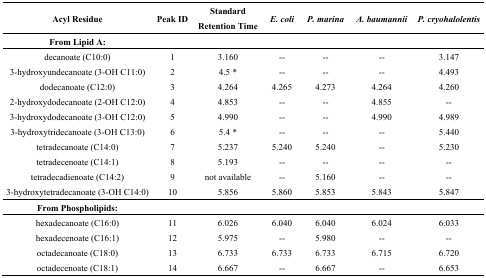
| Acyl Residue | Peak ID | Standard Retention Time | E. coli | P. marina | A. baumannii | P. cryohalolentis |
 | --- | --- | --- | --- | --- | --- | --- |
 | From Lipid A: |  |  |  |  |  |  |
 | decanoate (C10:0) | 1 | 3.160 | -- | -- | -- | 3.147 |
 | 3-hydroxyundecanoate (3-OH C11:0) | 2 | 4.5 * | -- | -- | -- | 4.493 |
 | dodecanoate (C12:0) | 3 | 4.264 | 4.265 | 4.273 | 4.264 | 4.260 |
 | 2-hydroxydodecanoate (2-OH C12:0) | 4 | 4.853 | -- | -- | 4.855 | -- |
 | 3-hydroxydodecanoate (3-OH C12:0) | 5 | 4.990 | -- | -- | 4.990 | 4.989 |
 | 3-hydroxytridecanoate (3-OH C13:0) | 6 | 5.4 * | -- | -- | -- | 5.440 |
 | tetradecanoate (C14:0) | 7 | 5.237 | 5.240 | 5.240 | -- | 5.230 |
 | tetradecenoate (C14:1) | 8 | 5.193 | -- | -- | -- | -- |
 | tetradecadienoate (C14:2) | 9 | not available | -- | 5.160 | -- | -- |
 | 3-hydroxytetradecanoate (3-OH C14:0) | 10 | 5.856 | 5.860 | 5.853 | 5.843 | 5.847 |
 | From Phospholipids: |  |  |  |  |  |  |
 | hexadecanoate (C16:0) | 11 | 6.026 | 6.040 | 6.040 | 6.024 | 6.033 |
 | hexadecenoate (C16:1) | 12 | 5.975 | -- | 5.980 | -- | -- |
 | octadecanoate (C18:0) | 13 | 6.733 | 6.733 | 6.733 | 6.715 | 6.720 |
 | octadecenoate (C18:1) | 14 | 6.667 | -- | 6.667 | -- | 6.653 |